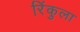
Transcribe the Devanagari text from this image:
रिंकुला